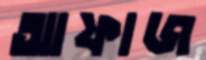
আফাজ